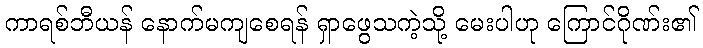
ကာရစ်ဘီယန် နောက်မကျစေရန် ရှာဖွေသကဲ့သို့ မေးပါဟု ကြောင်ဂိုဏ်း၏